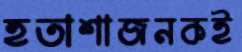
হতাশাজনকই